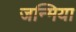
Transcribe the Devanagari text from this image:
जन्मिया